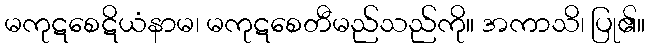
မကုဋစေဋိယံနာမ၊ မကုဋစေတီမည်သည်ကို။ အကာသိ၊ ပြု၏။